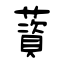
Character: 薋